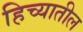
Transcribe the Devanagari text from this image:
हिच्यातील